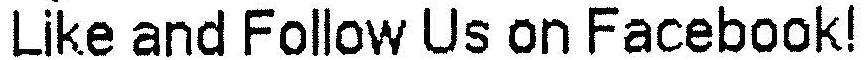
LIKE AND FOLLOW US ON FACEBOOK!